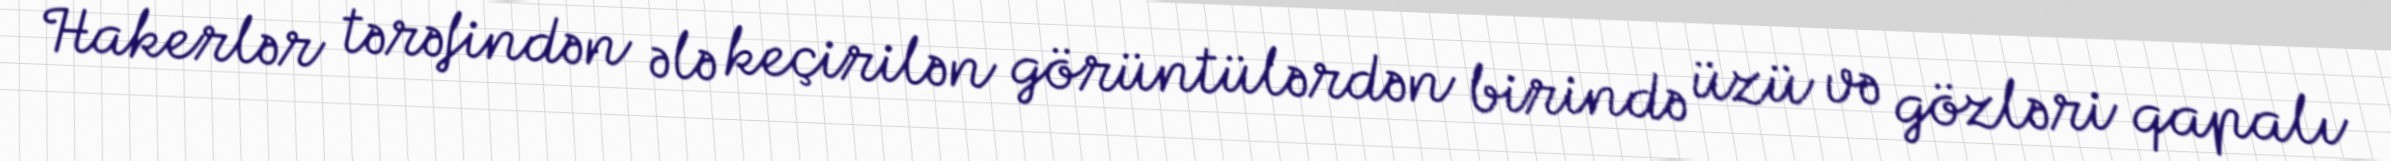
Hakerlər tərəfindən ələ keçirilən görüntülərdən birində üzü və gözləri qapalı